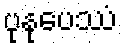
ပုနုပေဿံ